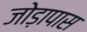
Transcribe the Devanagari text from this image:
जोड़ापास